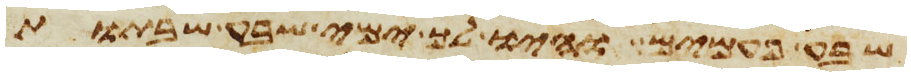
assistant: שבע פעמים והיו לך ימי שבע שבתות